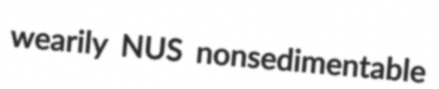
wearily NUS nonsedimentable